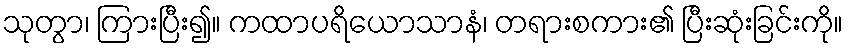
သုတွာ၊ ကြားပြီး၍။ ကထာပရိယောသာနံ၊ တရားစကား၏ ပြီးဆုံးခြင်းကို။